Lunatic asylums Madras 1877-1891 - 1877-1891
Year: 1877
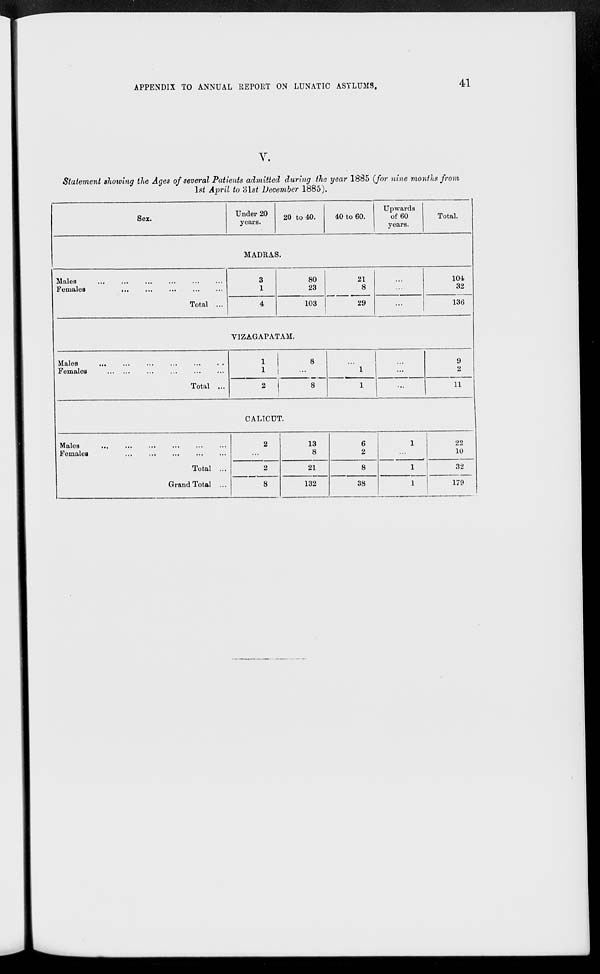
APPENDIX TO ANNUAL REPORT ON LUNATIC
ASYLUMS.
41
V.
Statement showing the Ages of several Patients admitted during the year 1885 ( for nine months from
1st April to 31st December 1885).
Sex.
Under 20
years.
20 to 40.
40 to 60.
Upwards
of 60
years.
Total.
MADRAS.
Males
...
...
...
...
...
...
Females
...
...
...
...
...
Total ...
3
1
4
80
23
103
21
8
29
...
...
...
104
32
136
VIZAGAPATAM.
Males ... ... ... ... ...
Females ... ... ... ... ...
Total ...
1
1
2
8
...
8
...
1
1
...
...
...
9
2
11
CALICUT.
Males ... ... ... ... ...
Females ... ... ... ... ...
Total ...
Grand Total ...
2
...
2
8
13
8
21
132
6
2
8
38
1
...
1
1
22
10
32
179